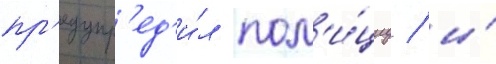
пр'едупр'ед'и́л пол'и́циу / и́